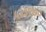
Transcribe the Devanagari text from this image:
५३३१७०